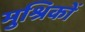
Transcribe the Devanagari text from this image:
मुश्रिकों